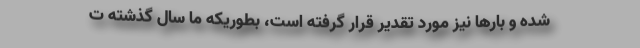
شده و بارها نیز مورد تقدیر قرار گرفته است، بطوریکه ما سال گذشته ت